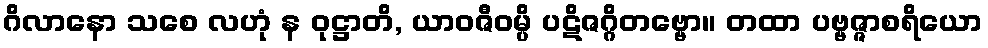
ဂိလာနော သစေ လဟုံ န ဝုဋ္ဌာတိ, ယာဝဇီဝမ္ပိ ပဋိဇဂ္ဂိတဗ္ဗော။ တထာ ပဗ္ဗဇ္ဇာစရိယော